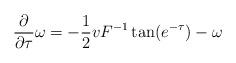
LaTeX: \begin{align*} \frac{\partial}{\partial \tau}\omega=-\frac 12vF^{-1}\tan(e^{-\tau})-\omega\end{align*}